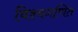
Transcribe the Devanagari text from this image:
विश्वगणित